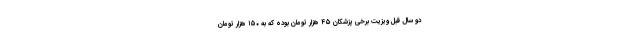
دو سال قبل ویزیت برخی پزشکان ۴۵ هزار تومان بوده که به ۱۵۰ هزار تومان